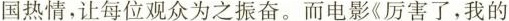
国热情，让每位观众为之振奋。而电影《厉害了，我的